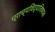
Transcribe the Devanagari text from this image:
प्राच्यविद्याविषयक